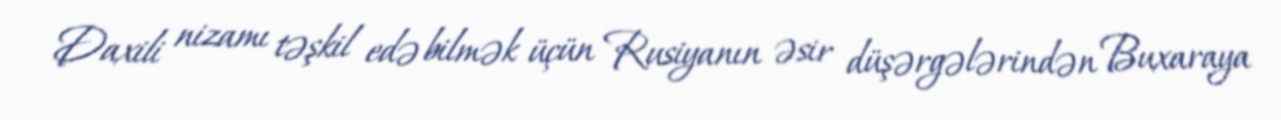
Daxili nizamı təşkil edə bilmək üçün Rusiyanın əsir düşərgələrindən Buxaraya